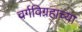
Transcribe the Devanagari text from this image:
वर्गविग्रहाच्या